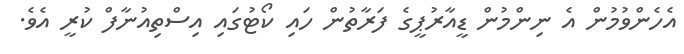
އެހެންވުމުން އެ ނިންމުން ޑީއާރުޕީގެ ފަރާތުން ހައި ކޯޓުގައި އިސްތިއުނާފް ކުރީ އެވެ.